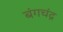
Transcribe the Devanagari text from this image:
बंगचंद्र